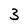
Character: 3